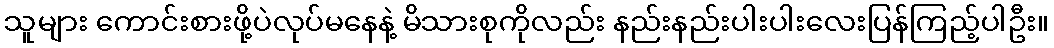
သူများ ကောင်းစားဖို့ပဲလုပ်မနေနဲ့ မိသားစုကိုလည်း နည်းနည်းပါးပါးလေးပြန်ကြည့်ပါဦး။